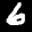
Label: 6